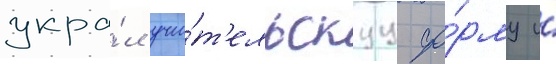
укра́л учи́т'ельскуу фо́рму и́